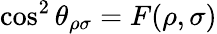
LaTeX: \cos^{2}\theta_{\rho\sigma}=F(\rho,\sigma)